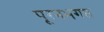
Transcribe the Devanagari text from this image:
पूरनभगत